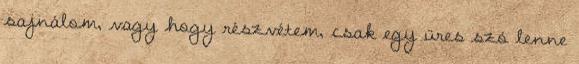
sajnálom, vagy hogy részvétem, csak egy üres szó lenne